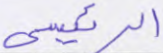
الرئيسي